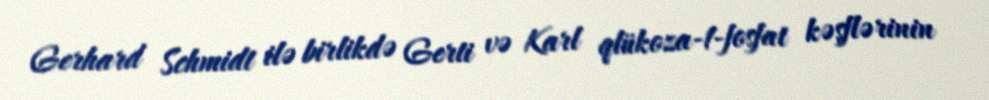
Gerhard Schmidt ilə birlikdə Gerti və Karl qlükoza-1-fosfat kəşflərinin